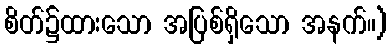
စိတ်၌ထားသော အပြစ်ရှိသော အနက်။)